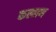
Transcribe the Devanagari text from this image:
कल्लण